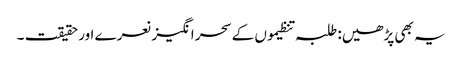
یہ بھی پڑھیں: طلبہ تنظیموں کے سحر انگیز نعرے اور حقیقت ۔